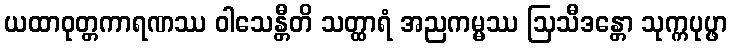
ယထာဝုတ္တကာရဏဿ ဝါသေန္တီတိ သတ္ထာရံ အညကမ္မဿ ဩသီဒန္တော သုက္ကပုပ္ဖာ